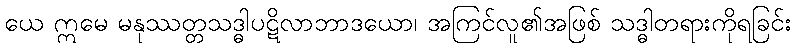
ယေ ဣမေ မနုဿတ္တသဒ္ဓါပဋိလာဘာဒယော၊ အကြင်လူ၏အဖြစ် သဒ္ဓါတရားကိုရခြင်း